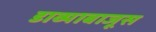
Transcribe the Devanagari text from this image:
डाव्याबाजूस